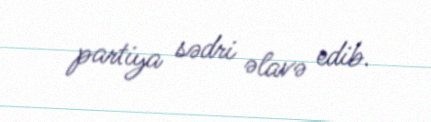
partiya sədri əlavə edib.